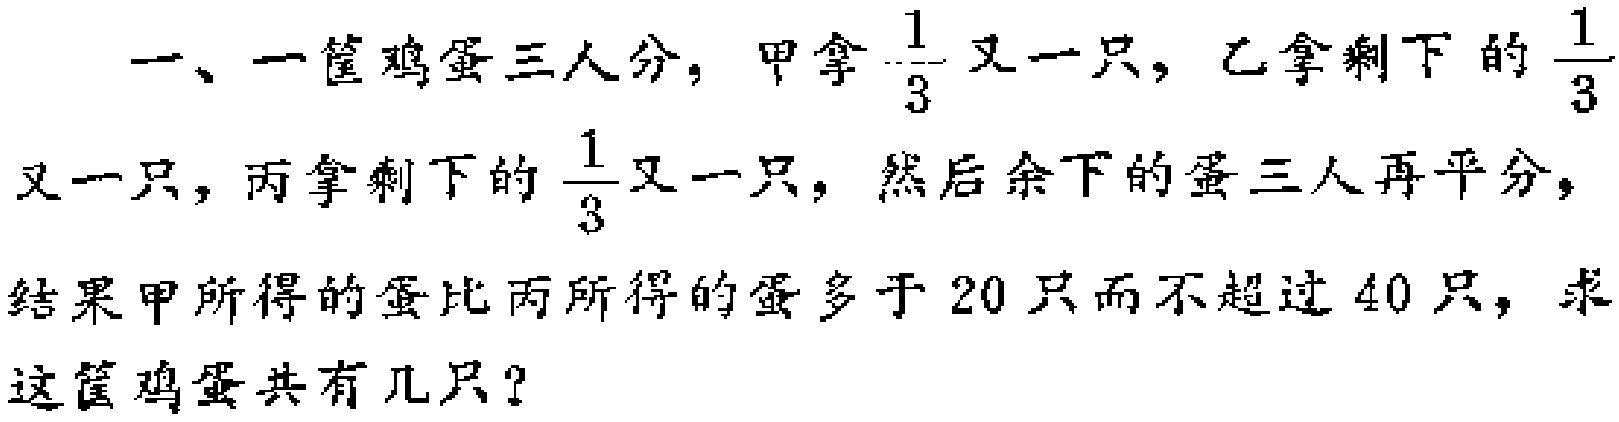
一、一筐鸡蛋三人分，甲拿$\frac{1}{3}$又一只，乙拿剩下的$\frac{1}{3}$又一只，丙拿剩下的$\frac{1}{3}$又一只，然后余下的蛋三人再平分，结果甲所得的蛋比丙所得的蛋多于$20$只而不超过$40$只，求这筐鸡蛋共有几只？